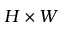
H \times W